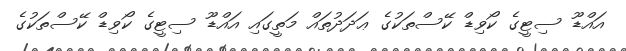
އައްޑޫ ސިޓީގެ ކޯވިޑް ކޭސްތަކުގެ ޢަދަދުތައް މަތީގައި އައްޑޫ ސިޓީގެ ކޯވިޑް ކޭސްތަކުގެ